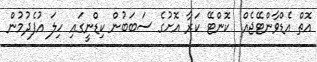
އޮތް އެޑްވާންޓޭޖެއް  ކޮންޓޭ ކަރާ އޮށުގެ ސަބަބުން ކިޑްނީގައި ހިލަ އުފެދުމުން